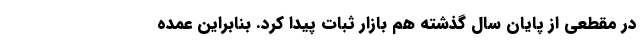
در مقطعی از پایان سال گذشته هم بازار ثبات پیدا کرد. بنابراین عمده‌